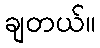
ချတယ်။